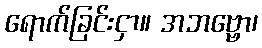
ရောက်ခြင်းငှာ။ အဘဗ္ဗော၊